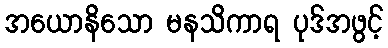
အယောနိသော မနသိကာရ ပုဒ်အဖွင့်